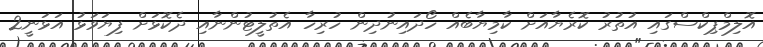
އޮލިމްޕިކްސްގައި އުތުރު ކޮރެޔާއަށް ކާމިޔާބެއް ހޯދައިނުދިން ހުރިހާ އެތުލީޓުންނާއި ދެކޮޅަށް ފިޔަވަޅު އަޅަނީ2